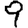
Digit: 9